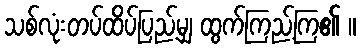
သစ်လုံးတပ်ထိပ်ပြည့်မျှ ထွက်ကြည့်ကြ၏ ။